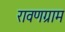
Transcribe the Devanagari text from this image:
रावणग्राम